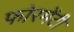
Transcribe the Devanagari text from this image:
फोरमेंटी